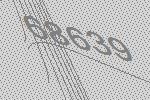
68639